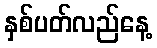
နှစ်ပတ်လည်နေ့